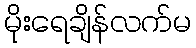
မိုးရေချိန်လက်မ